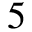
5